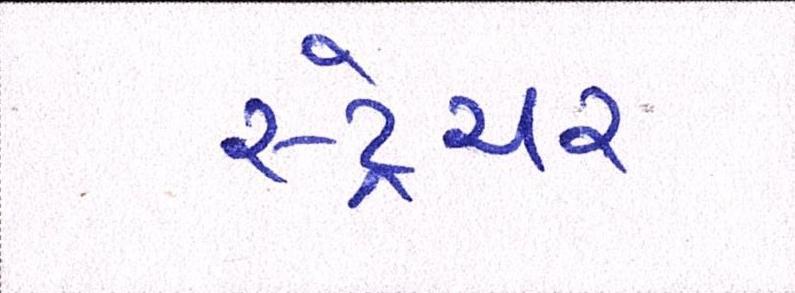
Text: સ્ટ્રેચર